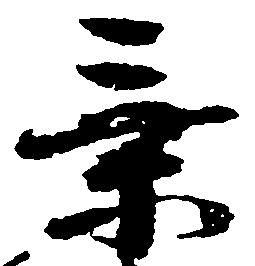
乗